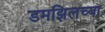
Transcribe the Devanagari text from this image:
डमझिलच्या